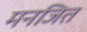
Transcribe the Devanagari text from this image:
मनजित